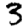
Digit: 3